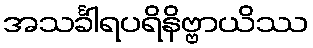
အသင်္ခါရပရိနိဗ္ဗာယိဿ